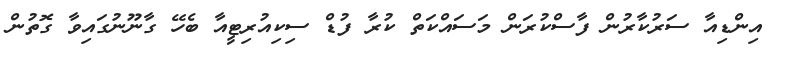
އިންޑިއާ ސަރުކާރުން ފާސްކުރަން މަސައްކަތް ކުރާ ފުޑް ސިކިއުރިޓީއާ ބެހޭ ގާނޫނުގައިވާ ގޮތުން